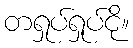
တရှုပ်ရှုပ်ငို။